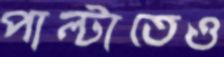
পাল্টাতেও